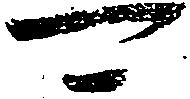
可